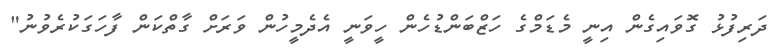
ދަރިފުޅު ގޮވައިގެން އިނީ މެޑަމްގެ ހަޒްބަންޑުހެން ހީވަނީ އެދެމީހުން ވަރަށް ގާތްކަން ފާހަގަކުރެވުނު"